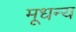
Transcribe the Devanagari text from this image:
मूधन्य